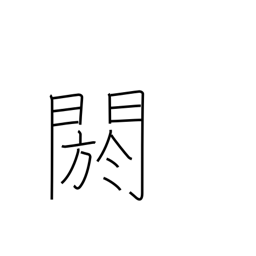
Meaning: conceal